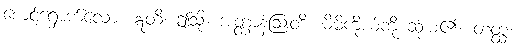
စောင့်ရှောက်လော့။ ဣတိ၊ ဤသို့။ အတ္တာနံဩဝဒိ၊ မိမိကိုယ်ကို ဆုံးမ၏။ တတ္ထ၊